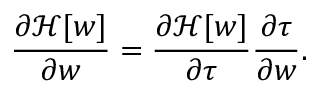
\frac { \partial \mathcal { H } [ \boldsymbol { w } ] } { \partial \boldsymbol { w } } = \frac { \partial \mathcal { H } [ \boldsymbol { w } ] } { \partial \boldsymbol { \tau } } \frac { \partial \boldsymbol { \tau } } { \partial \boldsymbol { w } } .